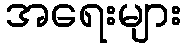
အရေးများ